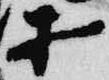
等